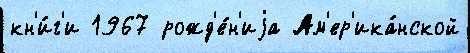
кн'и́г'и 1967 рожд'е́н'иjа Ам'ер'ика́нской